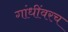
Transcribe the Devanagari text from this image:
गांधींवरच